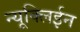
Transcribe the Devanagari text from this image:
न्यूक्लिईन